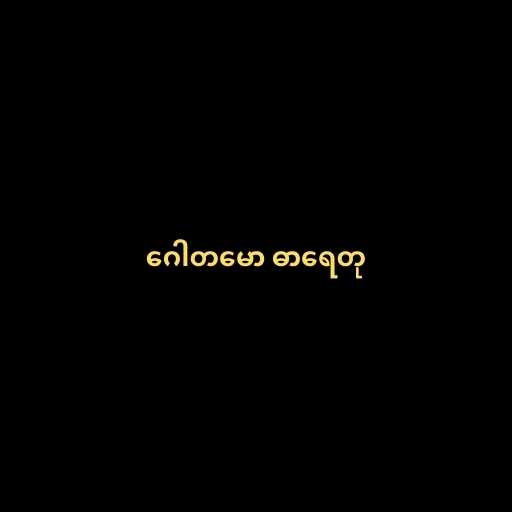
ဂေါတမော ဓာရေတု